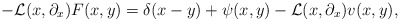
\begin{align*} -{\mathcal L}(x,\partial_x)F(x,y)=\delta(x-y)+\psi(x,y)-{\mathcal L}(x,\partial_x)v(x,y), \end{align*}